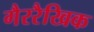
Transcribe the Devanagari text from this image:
गैररैखिक